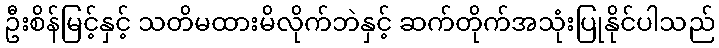
ဦးစိန်မြင့်နှင့် သတိမထားမိလိုက်ဘဲနှင့် ဆက်တိုက်အသုံးပြုနိုင်ပါသည်